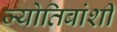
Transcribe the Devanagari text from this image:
ज्योतिबांशी